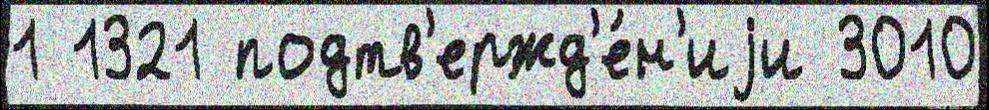
1 1321 подтв'ержд'е́н'иjи 3010